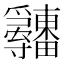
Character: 𤴋